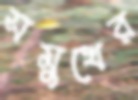
সমুখের